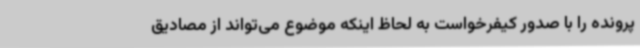
پرونده را با صدور کیفرخواست به لحاظ اینکه موضوع می‌تواند از مصادیق